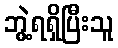
ဘွဲ့ရရှိပြီးသူ